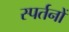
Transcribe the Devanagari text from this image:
स्पर्तनों